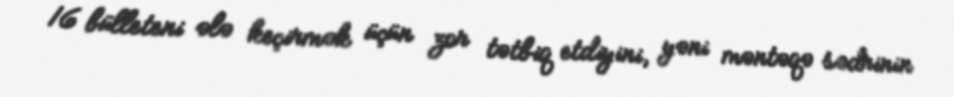
16 bülleteni ələ keçirmək üçün zor tətbiq etdiyini, yəni məntəqə sədrinin